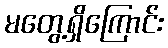
မတွေ့ရှိကြောင်း